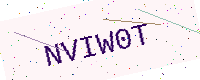
Text: NVIW0T